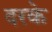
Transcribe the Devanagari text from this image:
दरके